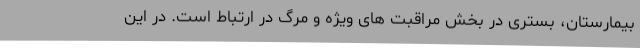
بیمارستان، بستری در بخش مراقبت های ویژه و مرگ در ارتباط است. در این